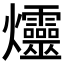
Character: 爧